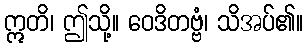
ဣတိ၊ ဤသို့။ ဝေဒိတဗ္ဗံ၊ သိအပ်၏။